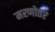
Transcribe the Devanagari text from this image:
मरणोतर